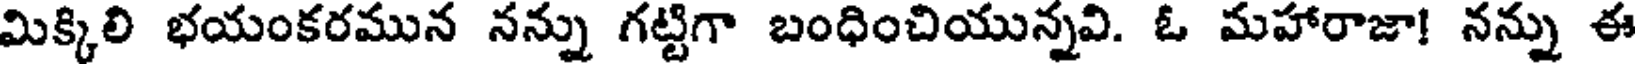
మిక్కిలి భయంకరమున నన్ను గట్టిగా బంధించియున్నవి. ఓ మహారాజా! నన్ను ఈ